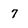
Character: 7